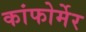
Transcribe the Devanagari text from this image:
कांफोर्मेर